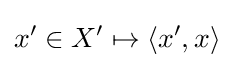
x'\in X'\mapsto \langle x',x\rangle